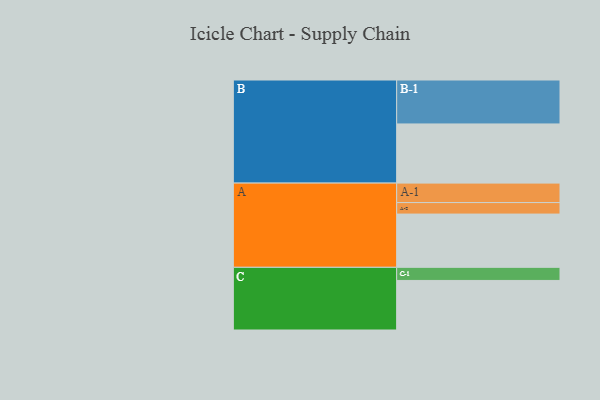
{"axis": {"x": "Segment", "y": "Value"}, "legend": ["", "A", "B", "C"], "data": [{"x": "A", "y": 361, "type": ""}, {"x": "B", "y": 401, "type": ""}, {"x": "C", "y": 336, "type": ""}, {"x": "A-1", "y": 132, "type": "A"}, {"x": "A-2", "y": 78, "type": "A"}, {"x": "B-1", "y": 298, "type": "B"}, {"x": "C-1", "y": 89, "type": "C"}]}